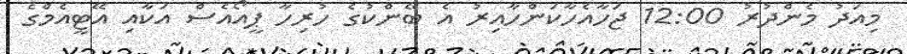
މިއަދު މެންދުރު 12:00 ޖަހާއެހާކަންހާއިރު އެ ބޭންކުގެ ހުރިހާ ޕީއޯއެސް އަކާއި އޭޓީއެމްގެ